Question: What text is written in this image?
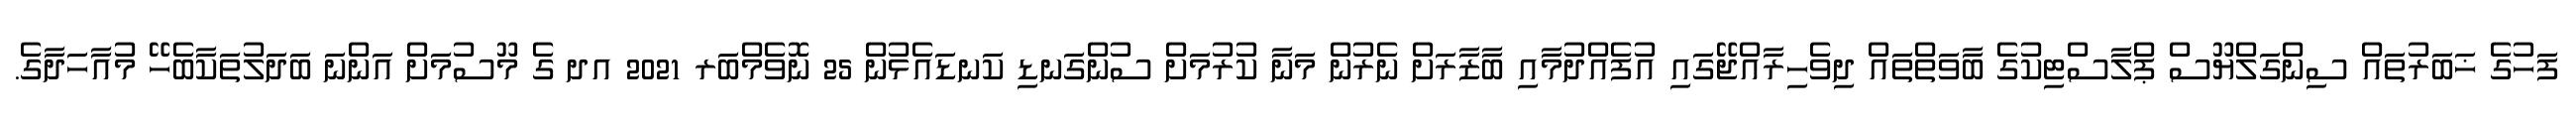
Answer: ފަހުގެ ޚަބަރުތައް ސިންގަލްޔޫސް ޕްލާސްޓިކުގެ ބާވަތްތައް ދިވެހިރާއްޖޭގައި އުފެއްދުމާއި ބާޒާރަށް ނެރުން މަނާ ކުރުމަށް ސުންގަނޑި ކަނޑައެޅުން 25 ނޮވެމްބަރ 2021 އދ ގެ މޫސުމަށް އަންނަ ބަދަލުތަކާބެހޭ މުއާހަދާގެ.